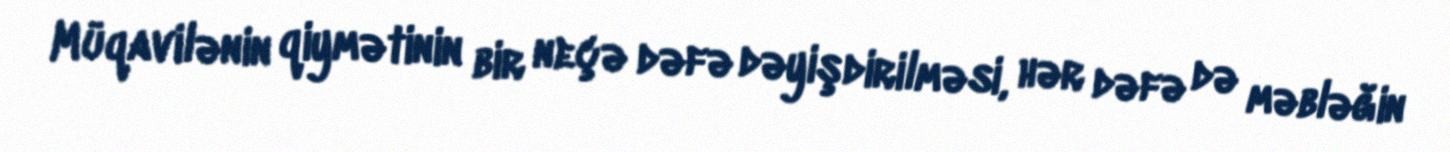
Müqavilənin qiymətinin bir neçə dəfə dəyişdirilməsi, hər dəfə də məbləğin